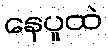
နေပူထဲ